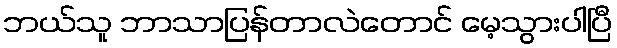
ဘယ်သူ ဘာသာပြန်တာလဲတောင် မေ့သွားပါပြီ